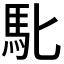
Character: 𮩲